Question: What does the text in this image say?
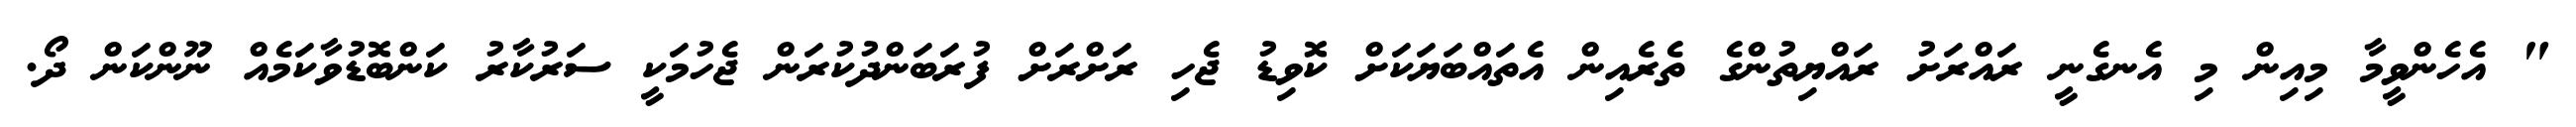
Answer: " އެހެންވީމާ މިއިން މި އެނގެނީ ރައްރަށު ރައްޔިތުންގެ ތެރެއިން އެތައްބަޔަކަށް ކޮވިޑު ޖެހި ރަށްރަށް ފުރަބަންދުކުރަން ޖެހުމަކީ ސަރުކާރު ކަންބޮޑުވާކަމެއް ނޫންކަން ދޯ.